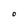
Character: 0